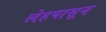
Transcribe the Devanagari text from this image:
लेहपासून